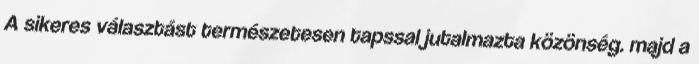
A sikeres választást természetesen tapssal jutalmazta közönség. majd a